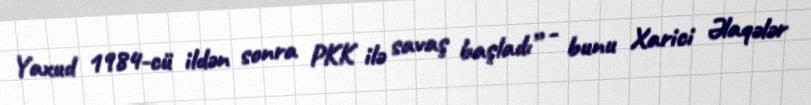
Yaxud 1984-cü ildən sonra PKK ilə savaş başladı” - bunu Xarici Əlaqələr